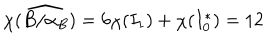
LaTeX: \chi ( \widehat { B / \alpha _ { B } } ) = 6 \chi ( I _ { 1 } ) + \chi ( I _ { 0 } ^ { * } ) = 1 2